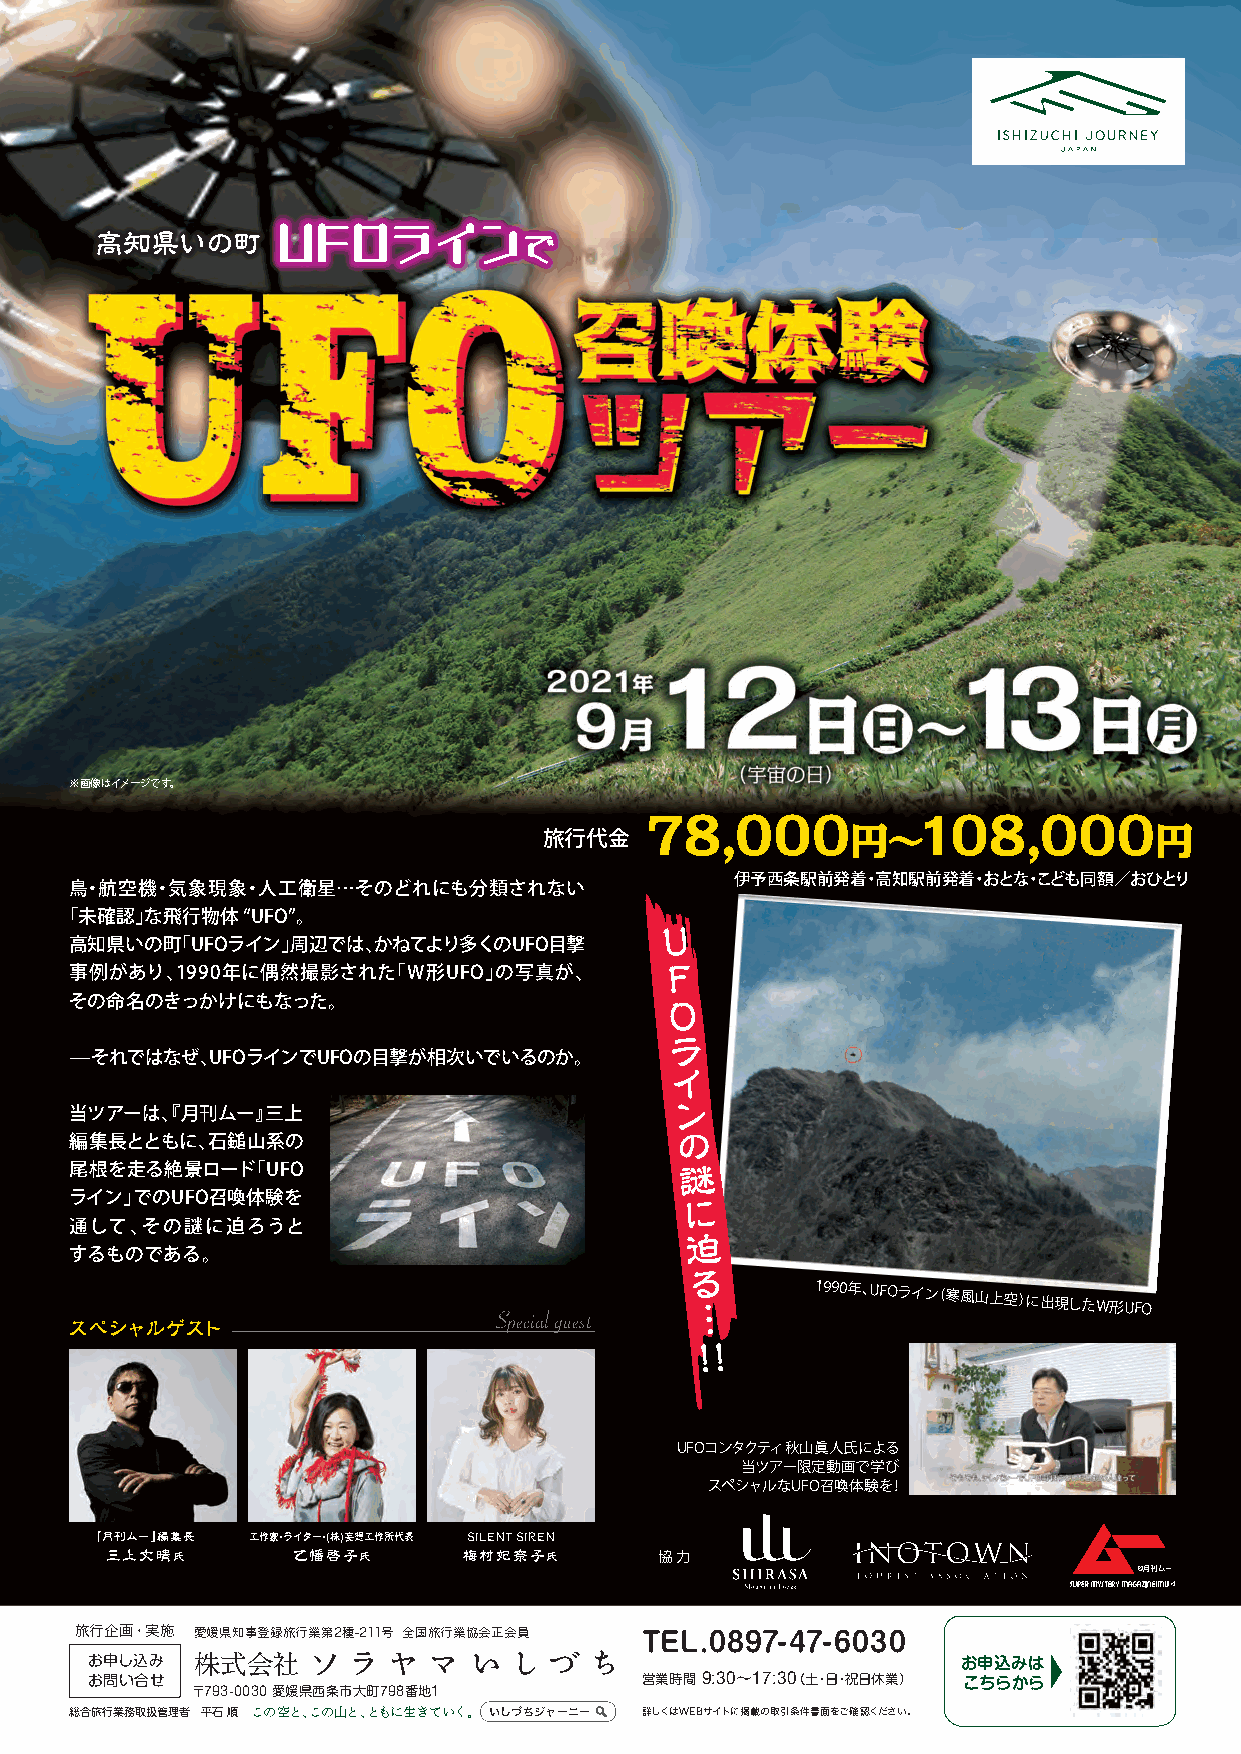
UFOライン
 高知県いの町                       で
 ※画像はイメージです。
 78,000            108,000
 円〜                  円
 旅行代金
 伊予西条駅前発着・高知駅前発着・おとな・こども同額／おひとり
 鳥・航空機・気象現象・人工衛星…そのどれにも分類されない
 「未確認」な飛行物体  “UFO”。                      U
 高知県いの町「UFOライン」周辺では、かねてより多くのUFO目撃
 F
 事例があり、1990年に偶然撮影された「W形UFO」の写真が、
 その命名のきっかけにもなった。                        O
 ラ
 ̶それではなぜ、UFOラインでUFOの目撃が相次いでいるのか。
 イ
 ン
 当ツアーは、『月刊ムー』三上
 の
 編集長とともに、石鎚山系の
 謎
 尾根を走る絶景ロード「UFO
 ライン」でのUFO召喚体験を                          に
 通して、その謎に迫ろうと                            迫
 するものである。
 る
 …
 1990年、UFOライン（寒風山上空）に出現したW形UFO
 Special guest
 スペシャルゲスト
 !!
 UFOコンタクティ 秋山眞人氏による
 当ツアー限定動画で学び
 スペシャルなUFO召喚体験を！
 『月刊ムー』編集長 工作家・ライター・(株)妄想工作所代表 SILENT SIREN
 三上丈晴氏       乙幡啓子氏       梅村妃奈子氏       協 力
 ©月刊ムー
 旅行企画・実施 愛媛県知事登録旅行業第2種-211号 全国旅行業協会正会員 TEL.0897-47-6030
 お申し込み  株式会社                                               お申込みは
 お問い合せ                               営業時間 9:30〜17:30（土・日・祝日休業） こちらから
 〒793-0030 愛媛県西条市大町798番地1
 総合旅行業務取扱管理者 平石 順 この空と、この山と、ともに生きていく。 いしづちジャーニー 詳しくはWEBサイトに掲載の取引条件書面をご確認ください。